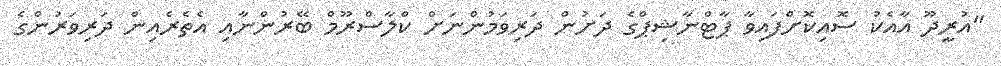
"އުރީދޫ އާއެކު ސޮއިކޮށްފައިވާ ޕާޓްނާޝިޕްގެ ދަށުން ދަރިވަމުންނަށް ކްލާސްރޫމް ބޭރުންނާއި އެތެރެއިން ދަރިވަރުންގެ